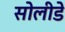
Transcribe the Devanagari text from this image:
सोलीडे